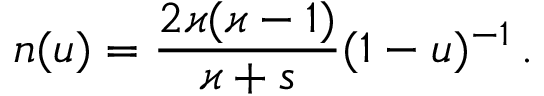
\mathfrak { n } ( u ) = \frac { 2 \varkappa ( \varkappa - 1 ) } { \varkappa + s } ( 1 - u ) ^ { - 1 } \, .